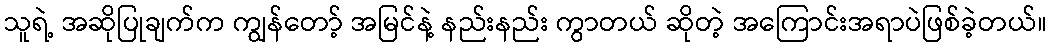
သူရဲ့ အဆိုပြုချက်က ကျွန်တော့် အမြင်နဲ့ နည်းနည်း ကွာတယ် ဆိုတဲ့ အကြောင်းအရာပဲဖြစ်ခဲ့တယ်။